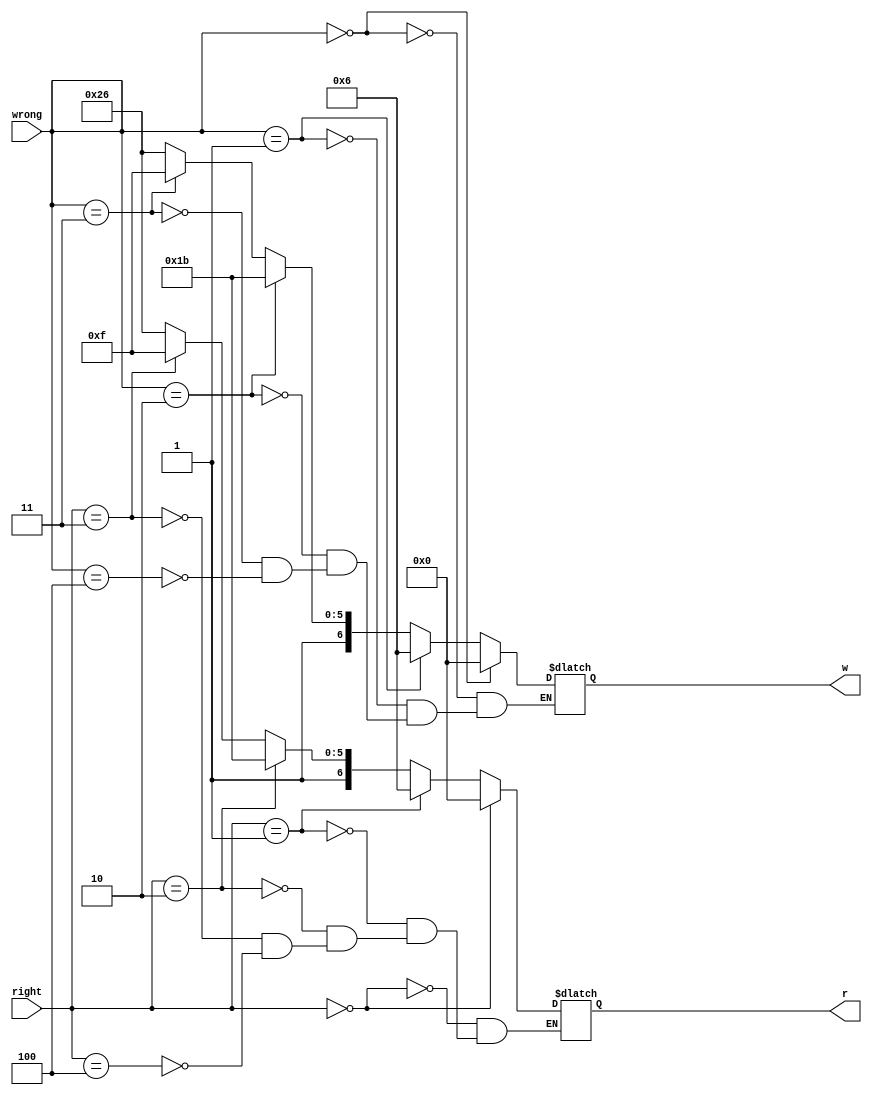
`timescale 1ns / 1ps
//////////////////////////////////////////////////////////////////////////////////
// Company: 
// Engineer: 
// 
// Design Name: 
// Module Name: disp_score
// Project Name: 
// Target Devices: 
// Tool Versions: 
// Description: 
// 
// Dependencies: 
// 
// Revision:
// Revision 0.01 - File Created
// Additional Comments:
// 
//////////////////////////////////////////////////////////////////////////////////


module disp_score(input [2:0] right, input [2:0] wrong, output  [6:0] r,  output [6:0] w);
    
    reg [6:0] rr;
    reg [6:0] ww;
    
    
    always @(*)begin
    
        //right
        if (right == 3'b000)begin
        
        rr <= 7'b0000000;
        
        end
        else if (right == 3'b001)begin
        
        rr <= 7'b0000110;
        
        end
        else if (right == 3'b010)begin
        
        rr <= 7'b1011011;
        end
        else if (right == 3'b011)begin
        
        rr <= 7'b1001111;
        end
        else if (right == 3'b100)begin
        rr <= 7'b1100110;
        
        end
        
        
        //wrong
          //right
        if (wrong == 3'b000)begin
        
        ww <= 7'b0000000;
        
        end
        else if (wrong == 3'b001)begin
        
        ww <= 7'b0000110;
        
        end
        else if (wrong == 3'b010)begin
        
        ww <= 7'b1011011;
        end
        else if (wrong == 3'b011)begin
        
        ww <= 7'b1001111;
        end
        else if (wrong == 3'b100)begin
        ww <= 7'b1100110;
        
        end

    
    end
    
    assign r = rr;
    assign w = ww;
    
    
    
    
    
    
endmodule